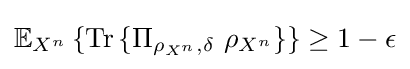
\mathbb {E} _{X^{n}}\left\{{\text{Tr}}\left\{\Pi _{\rho _{X^{n}},\delta }\ \rho _{X^{n}}\right\}\right\}\geq 1-\epsilon